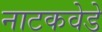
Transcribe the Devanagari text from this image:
नाटकवेडे